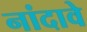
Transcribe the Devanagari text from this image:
नांदावे